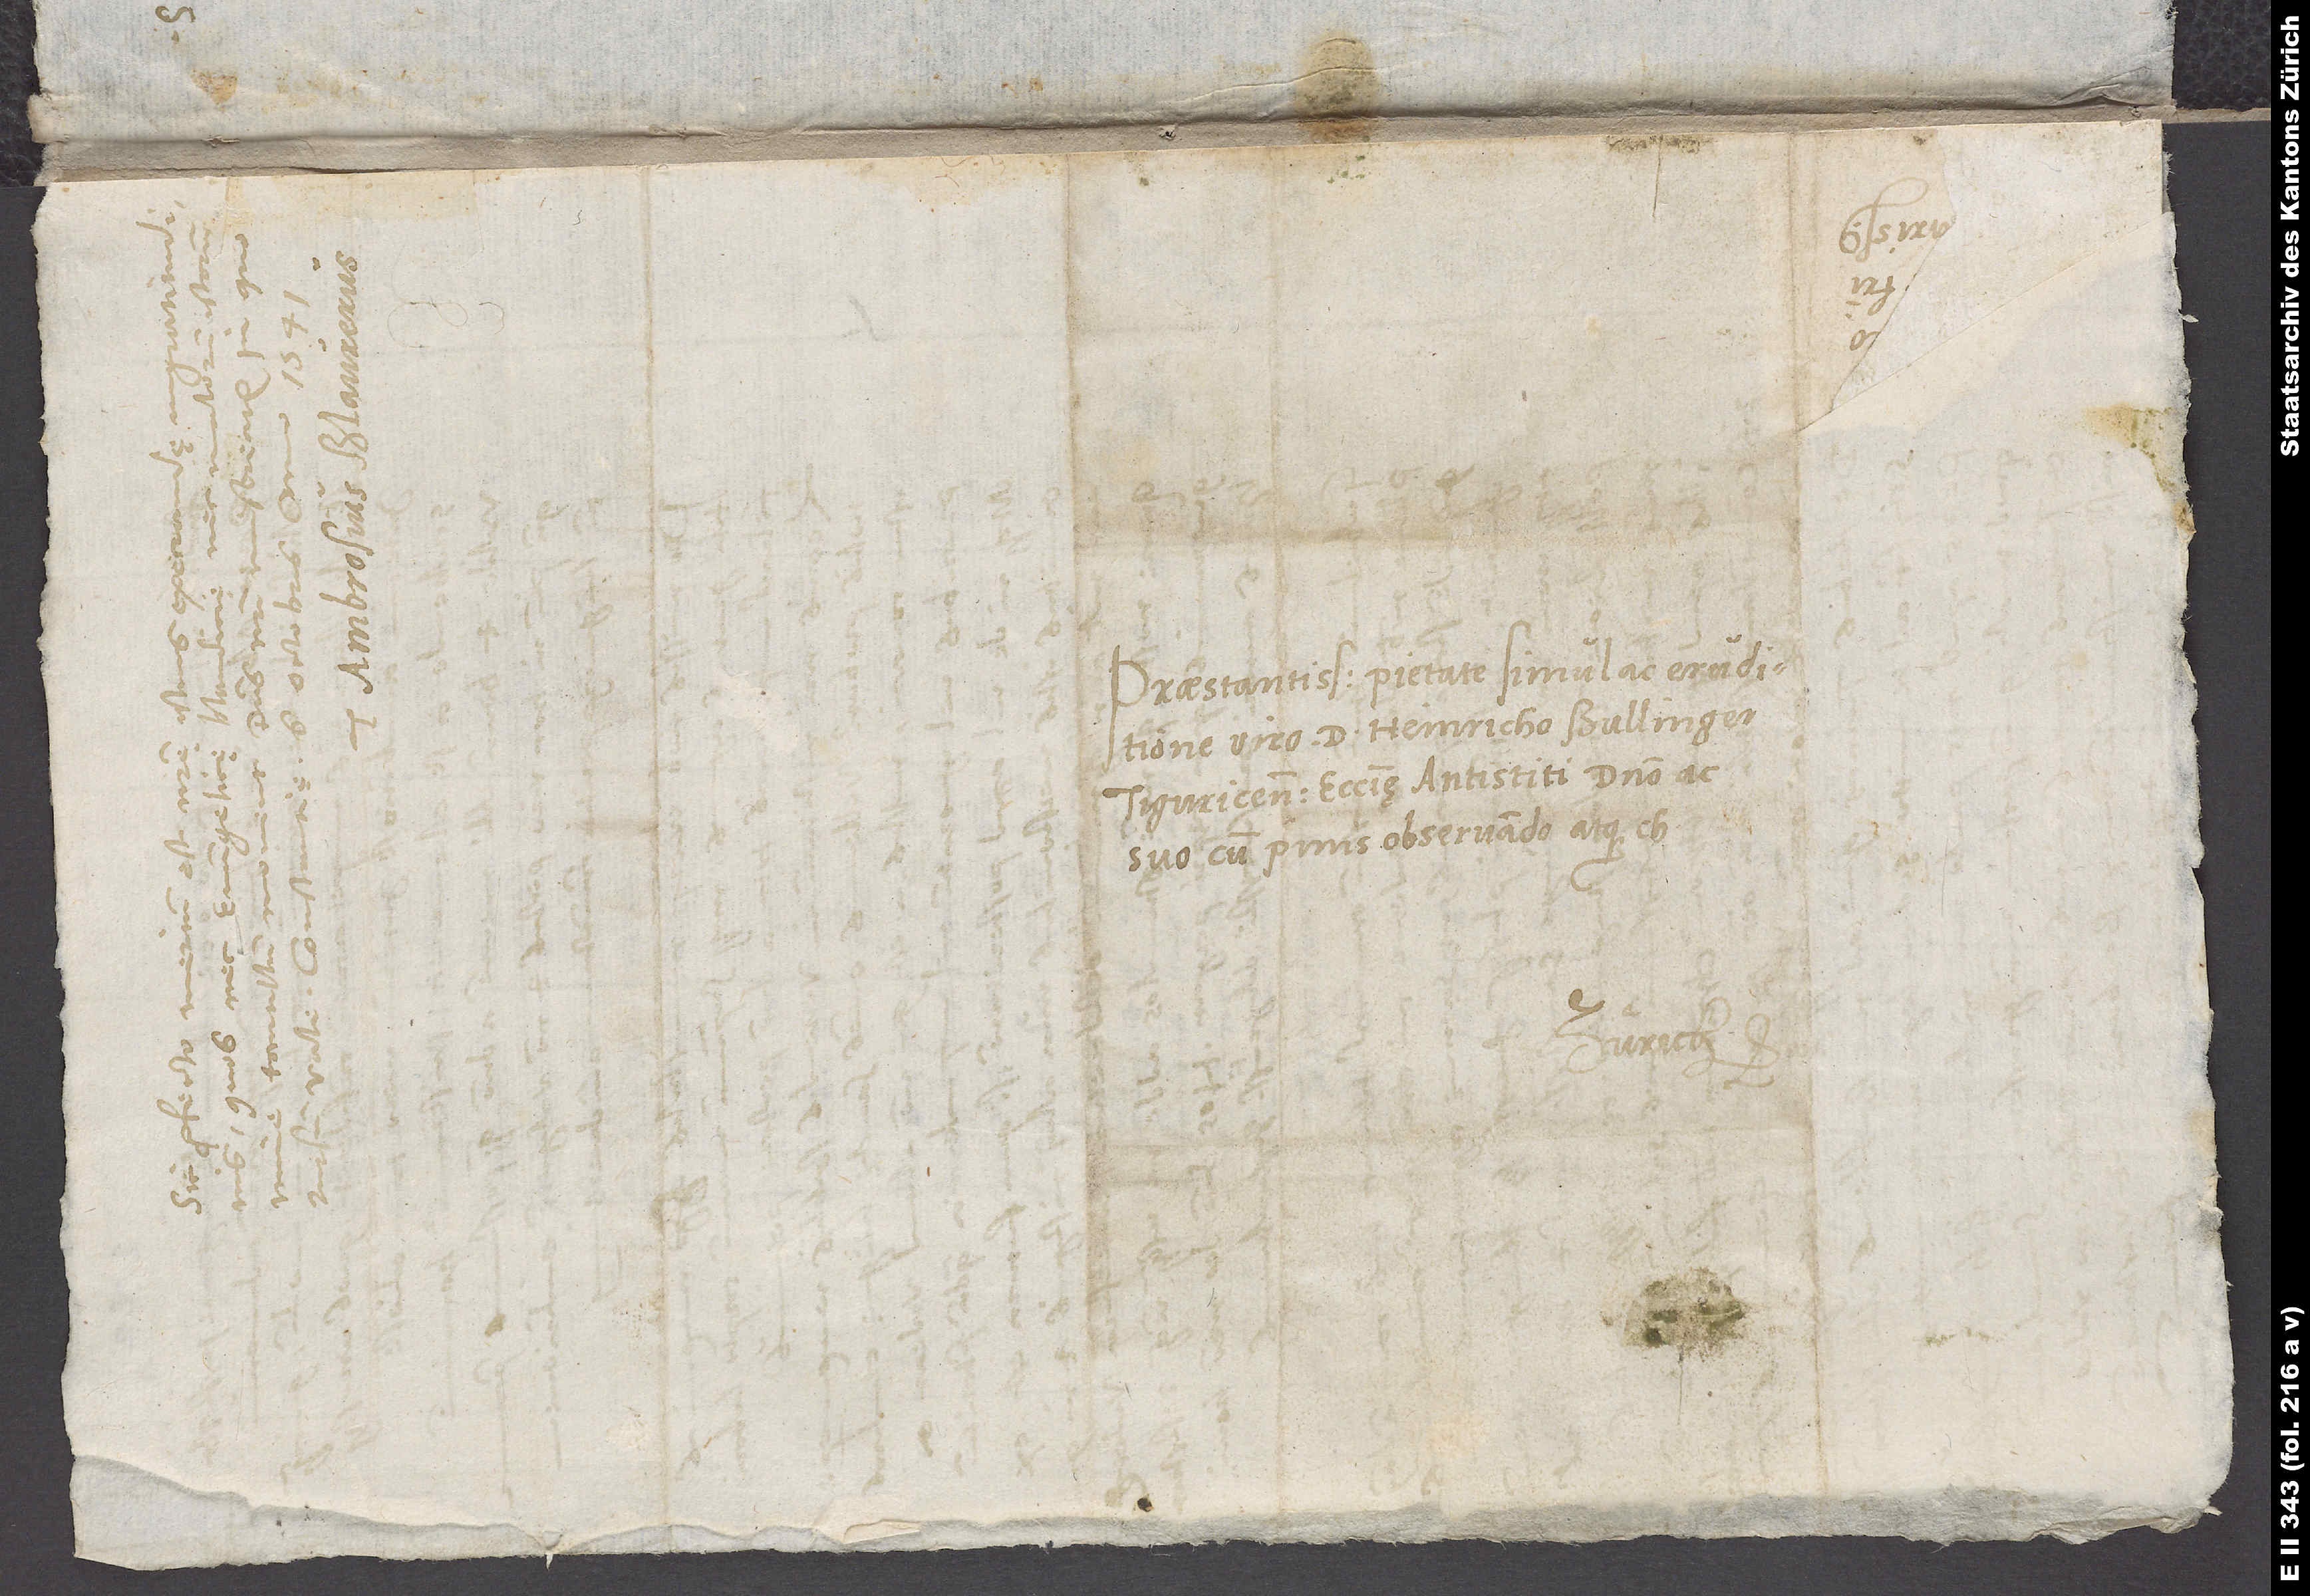
Praestantissimo pietate simul ac eruditione
viro d. Heinricho Bullingero,
Tiguricensis ecclesię antistiti, domino ac
suo cum primis observando atque
Zürich.